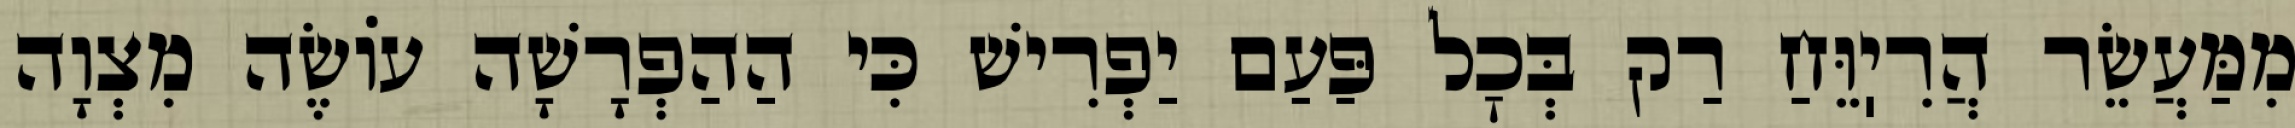
מִמַּעֲשֵׂר הֲרִיֽוֵּחַ רַק בְּכׇל פַּעַם יַפְרִישׁ כִּי הַהַפְרָשָׁה עוֹשֶׂה מִצְוָה